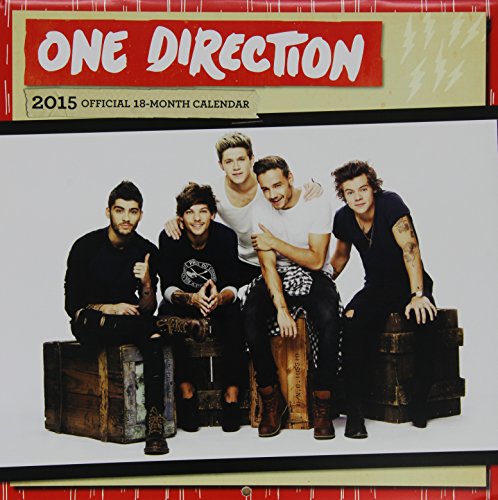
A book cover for One Direction 2015 Square 12x12 (Multilingual Edition); BrownTrout; Calendars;